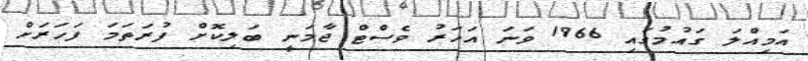
އަމިއްލަ ގައުމުގައި 1966 ވަނަ އަހަރު ވެސްޓް ޖާމަނީ ބަލިކޮށް ފުރަތަމަ ފަހަރަށް